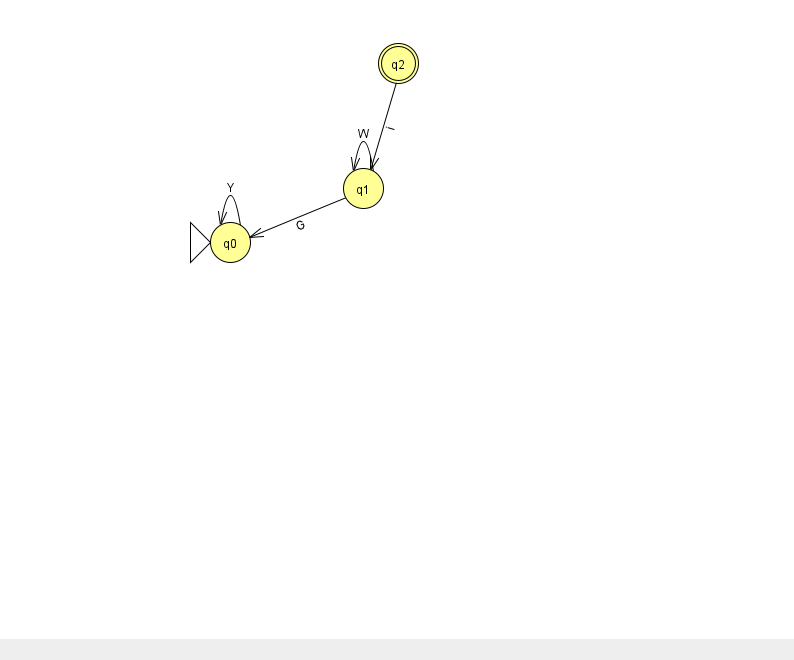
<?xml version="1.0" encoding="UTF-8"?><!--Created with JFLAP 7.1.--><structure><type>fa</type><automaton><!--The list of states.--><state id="0" name="q0"><x>230.0</x><y>229.0</y><initial/></state><state id="1" name="q1"><x>363.0</x><y>175.0</y></state><state id="2" name="q2"><x>398.0</x><y>50.0</y><final/></state><!--The list of transitions.--><transition><from>1</from><to>1</to><read>W</read></transition><transition><from>0</from><to>0</to><read>Y</read></transition><transition><from>1</from><to>0</to><read>G</read></transition><transition><from>2</from><to>1</to><read>i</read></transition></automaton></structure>